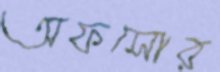
অফসোর